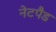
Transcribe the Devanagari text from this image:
नेटपैड